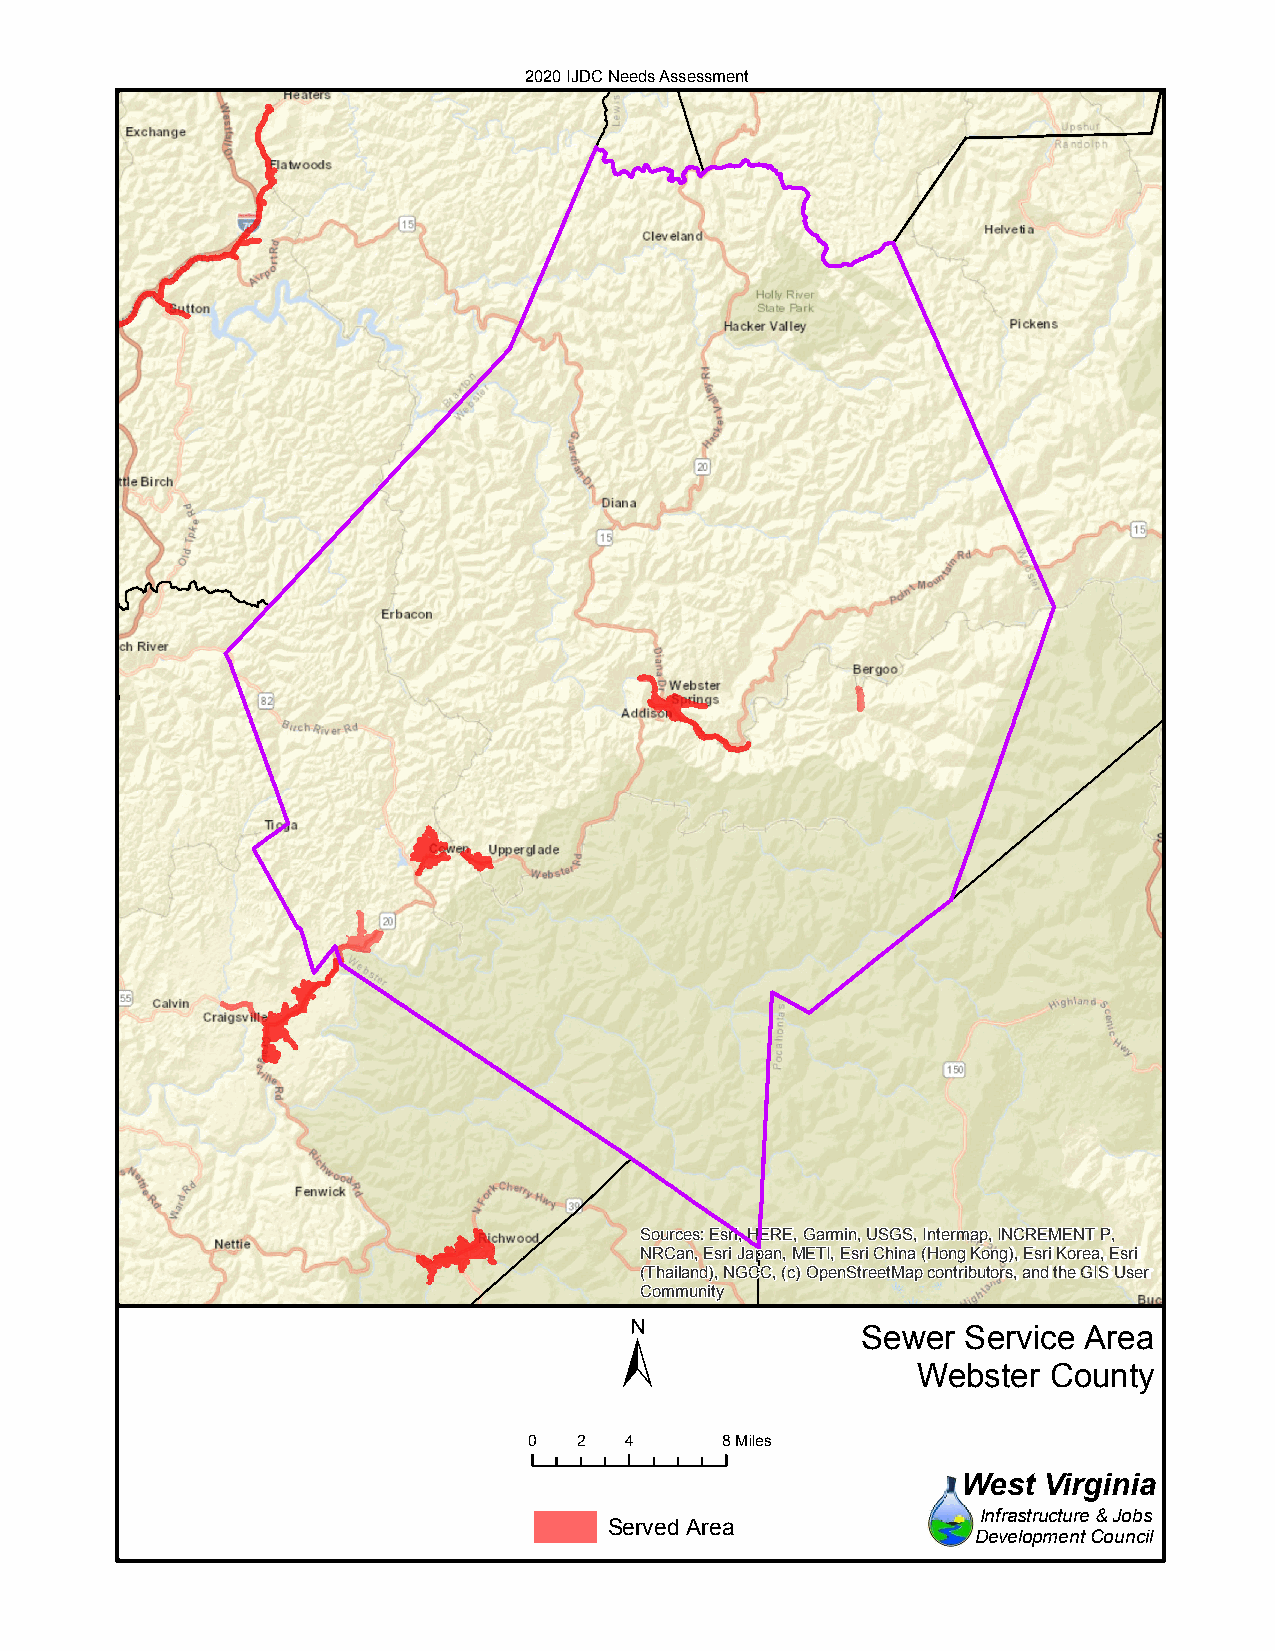
2020 IJDC Needs Assessment
 Sources: Esri, HERE, Garmin, USGS, Intermap, INCREMENT P,
 NRCan, Esri Japan, METI, Esri China (Hong Kong), Esri Korea, Esri
 (Thailand), NGCC, (c) OpenStreetMap contributors, and the GIS User
 Community
 ±
 Sewer  Service Area
 Webster County
 0  2  4      8Miles
 West Virginia
 Infrastructure & Jobs
 Served Area
 Development Council